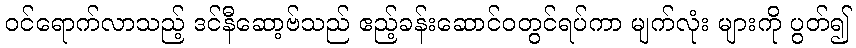
ဝင်ရောက်လာသည့် ဒင်နီဆော့ဗ်သည် ဧည့်ခန်းဆောင်ဝတွင်ရပ်ကာ မျက်လုံး များကို ပွတ်၍